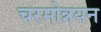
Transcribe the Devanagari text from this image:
चरमोन्नयन